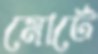
মোর্টে